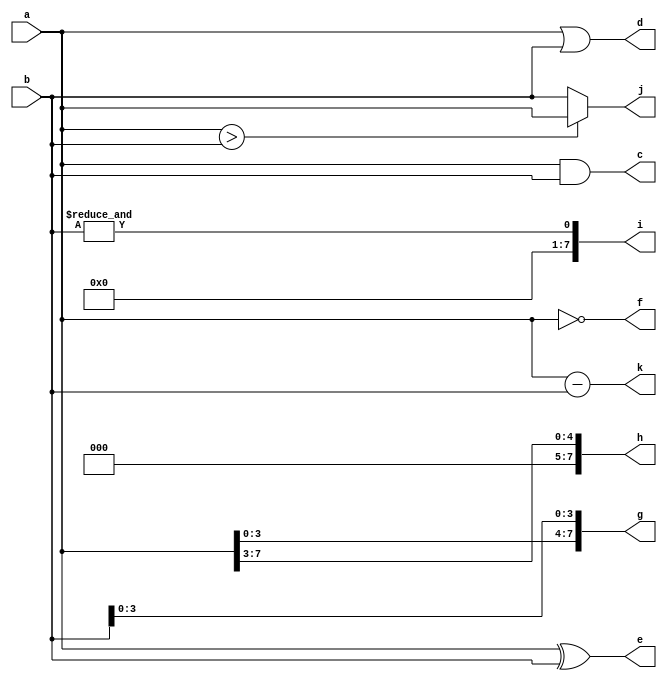
module test (input [7:0] a, b,
            output [7:0] c, d, e, f, g, h, i, j, k);
// a = 8'b0011 0011
// b = 8'b1111 0000
    assign c = a & b;               //0011 0000
    assign d = a | b;               //1111 0011
    assign e = a ^ b;               //1100 0011
    assign f = ~a;                  //1100 1100
    assign g = {a[3:0], b[3:0]};    //0011 0000
    assign h = a >> 3;              //0000 0110
    assign i = &b;                  //0000 0000
    assign j = (a > b) ? a : b;     //b
    assign k = a - b;               //0100 0011
endmodule